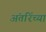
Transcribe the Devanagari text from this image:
अंतरिंच्या